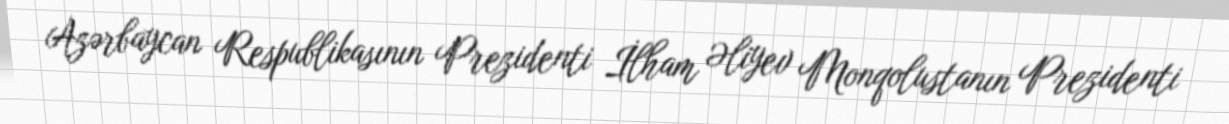
Azərbaycan Respublikasının Prezidenti İlham Əliyev Monqolustanın Prezidenti